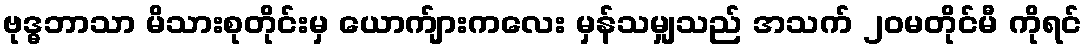
ဗုဒ္ဓဘာသာ မိသားစုတိုင်းမှ ယောက်ျားကလေး မှန်သမျှသည် အသက် ၂၀မတိုင်မီ ကိုရင်